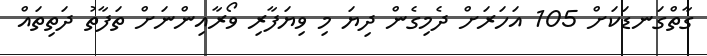
ގާތްގަނޑަކަށް 105 އަހަރަށް ދެމިގެން ދިޔަ މި ވިޔަފާރި ވޯރާއިންނަށް ތަފާތު ދަތިތައް